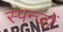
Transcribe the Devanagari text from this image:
स्पन्जों